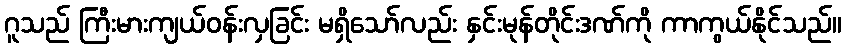
ဂူသည် ကြီးမားကျယ်ဝန်းလှခြင်း မရှိသော်လည်း နှင်းမုန်တိုင်းဒဏ်ကို ကာကွယ်နိုင်သည်။